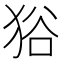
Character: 𤞞